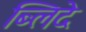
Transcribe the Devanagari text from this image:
ब्लिदे